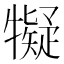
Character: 𱭱